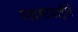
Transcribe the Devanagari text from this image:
रखमाबाईंचे